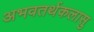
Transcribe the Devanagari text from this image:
अभवतर्थकलासु